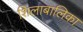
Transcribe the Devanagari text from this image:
शिलाबालिका